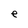
Character: e